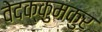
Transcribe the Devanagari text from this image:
वेदक्कुमकुर